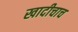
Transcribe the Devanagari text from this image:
खादीचाच